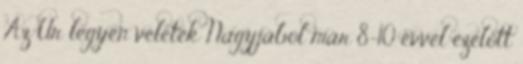
Az Úr legyen veletek Nagyjából már 8-10 évvel ezelőtt